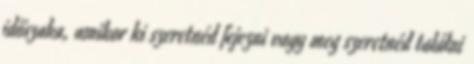
időszaka, amikor ki szeretnéd fejezni vagy meg szeretnéd találni